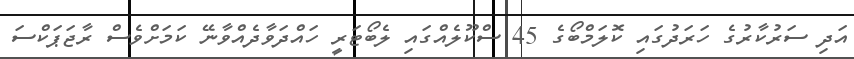
އަދި ސަރުކާރުގެ ހަރަދުގައި ކޮލަމްބޯގެ 45 ސްކޫލެއްގައި ލެބޯޓަރީ ހައްދަވާދެއްވާނޭ ކަމަށްވެސް ރާޖަޕަކްސަ